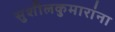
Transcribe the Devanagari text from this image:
सुशीलकुमारांना